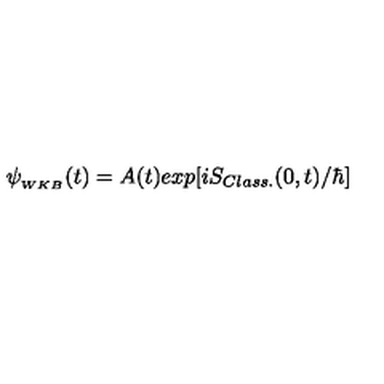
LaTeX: \psi _ { _ { W K B } } ( t ) = A ( t ) e x p [ i S _ { C l a s s . } ( 0 , t ) / \hbar ]